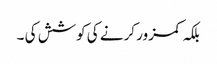
بلکہ کمزور کرنے کی کوشش کی ۔